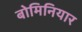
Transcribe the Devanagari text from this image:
बोमिनियार